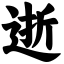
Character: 逝